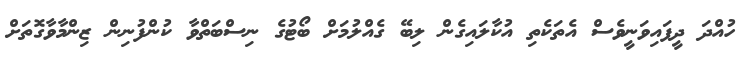
ހުއްދަ ދީފައިވަނީވެސް އެތަކެތި އުކާލައިގެން ލިބޭ ގެއްލުމަށް ބޯޓުގެ ނިސްބަތްވާ ކުންފުނިން ޒިންމާވާގޮތަށް